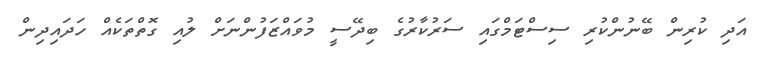
އަދި ކުރިން ބޭނުންކުރި ސިސްޓަމްގައި ސަރުކާރުގެ ބިދޭސީ މުވައްޒަފުންނަށް ލުއި ގޮތްތަކެއް ހަދައިދިން